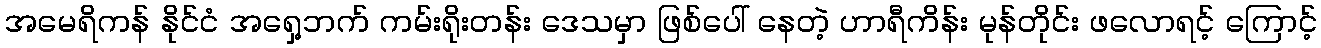
အမေရိကန် နိုင်ငံ အရှေ့ဘက် ကမ်းရိုးတန်း ဒေသမှာ ဖြစ်ပေါ် နေတဲ့ ဟာရီကိန်း မုန်တိုင်း ဖလောရင့် ကြောင့်